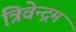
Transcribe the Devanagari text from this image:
त्रिवेन्‍द्रम